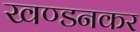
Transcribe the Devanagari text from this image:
खण्डनकर